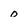
Character: o